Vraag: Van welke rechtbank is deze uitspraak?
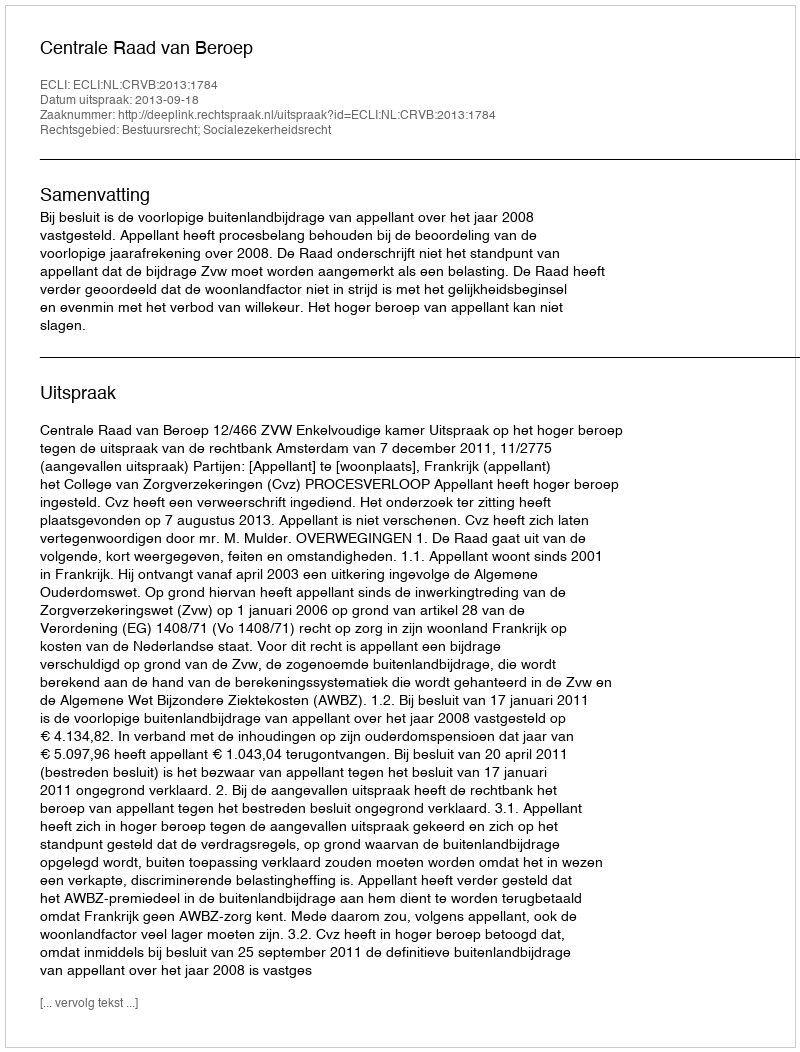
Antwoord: Centrale Raad van Beroep